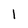
Character: I